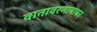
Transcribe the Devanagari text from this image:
वातावरणाबाबत